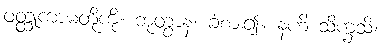
ဝတ္ထုကာမတို့ကို။ ဘုတွာန၊ ခံစား၍။ နဟိ သိက္ခသိ၊